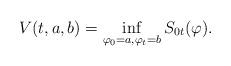
LaTeX: \begin{align*}V(t,a,b)=\inf_{\varphi_0=a, \varphi_t=b}S_{0t}(\varphi).\end{align*}